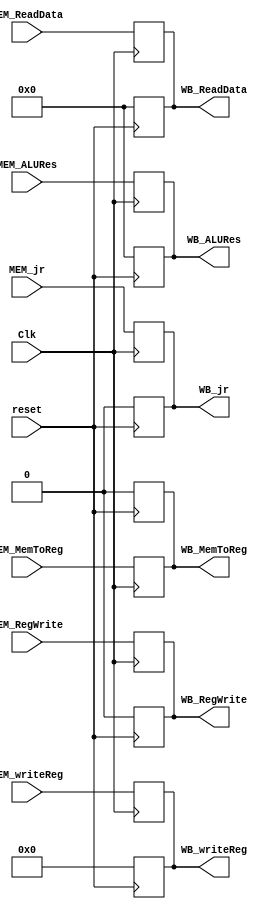
`timescale 1ns / 1ps
//////////////////////////////////////////////////////////////////////////////////
// Company: 
// Engineer: 
// 
// Design Name: 
// Module Name: 
// Project Name: 
// Target Devices: 
// Tool Versions: 
// Description: MEM_WBRegister
// 
// Dependencies: 
// 
// Revision:
// Revision 0.01 - File Created
// Additional Comments:
// 
//////////////////////////////////////////////////////////////////////////////////


module MEM_WBRegister(
    input MEM_MemToReg,
    input [4:0] MEM_writeReg,
    input MEM_RegWrite,
    input MEM_jr,
    
    input [31:0] MEM_ALURes,
    input [31:0] MEM_ReadData,
    
    input Clk,
    input reset,
    
    output WB_MemToReg,
    output [4:0] WB_writeReg,
    output WB_RegWrite,
    output WB_jr,
    
    output [31:0] WB_ALURes,
    output [31:0] WB_ReadData
    );
    
    reg MemToReg;
    reg [4:0] writeReg;
    reg RegWrite;
    reg jr;
    
    reg [31:0] ALURes;
    reg [31:0] ReadData;
    
    always @(negedge Clk)
        begin
            MemToReg = MEM_MemToReg;
            writeReg = MEM_writeReg;
            RegWrite = MEM_RegWrite;
            jr = MEM_jr;
    
            ALURes = MEM_ALURes;
            ReadData = MEM_ReadData;
        end
    
    assign WB_MemToReg = MemToReg;
    assign WB_writeReg = writeReg;
    assign WB_RegWrite = RegWrite;
    assign WB_jr = jr;
    assign WB_ALURes = ALURes;
    assign WB_ReadData = ReadData;
    
    always @(posedge reset)
        begin
            MemToReg = 0;
            writeReg = 0;
            RegWrite = 0;
            jr = 0;
            ALURes = 0;
            ReadData = 0;
        end
endmodule